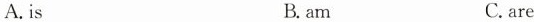
A.isB.amC.are